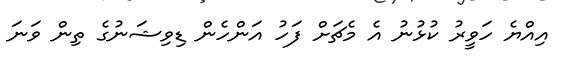
އިއްޔެ ހަވީރު ކުޅުނު އެ މެޗަށް ފަހު އަންހެން ޑިވިޝަނުގެ ތިން ވަނަ